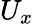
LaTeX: U_{x}